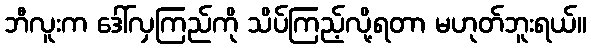
ဘီလူးက ဒေါ်လှကြည်ကို သိပ်ကြည့်လို့ရတာ မဟုတ်ဘူးရယ်။